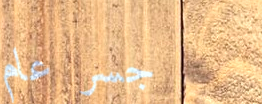
جسر عام